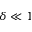
\delta \ll 1